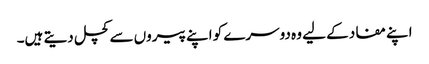
اپنے مفاد کے لیے وہ دوسرے کو اپنے پیروں سے کچل دیتے ہیں۔